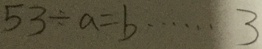
5 3 \div a = b \cdots 3